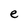
Character: e